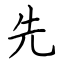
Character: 先